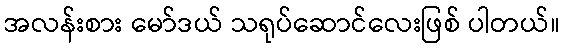
အလန်းစား မော်ဒယ် သရုပ်ဆောင်လေးဖြစ် ပါတယ်။